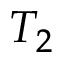
T _ { 2 }